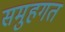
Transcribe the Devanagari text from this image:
समुहगत